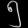
Digit: ၅